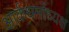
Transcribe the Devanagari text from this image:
आर्कधर्माध्यक्ष